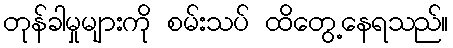
တုန်ခါမှုများကို စမ်းသပ် ထိတွေ့နေရသည်။